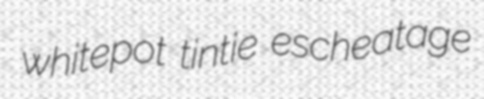
whitepot tintie escheatage